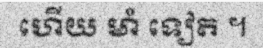
ហើយ មាំ ទៀត ។